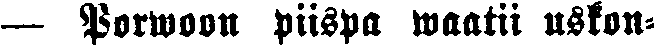
— Porwoon piispa waatii uskon-